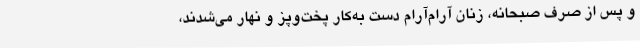
و پس از صرف صبحانه، زنان آرام‌آرام دست به‌کار پخت‌وپز و نهار می‌شدند،